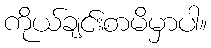
ကိုယ်ချင်းစာမိမှာပါ။